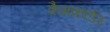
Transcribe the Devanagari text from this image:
कैमकार्डर